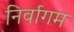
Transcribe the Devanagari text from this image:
निर्वागम